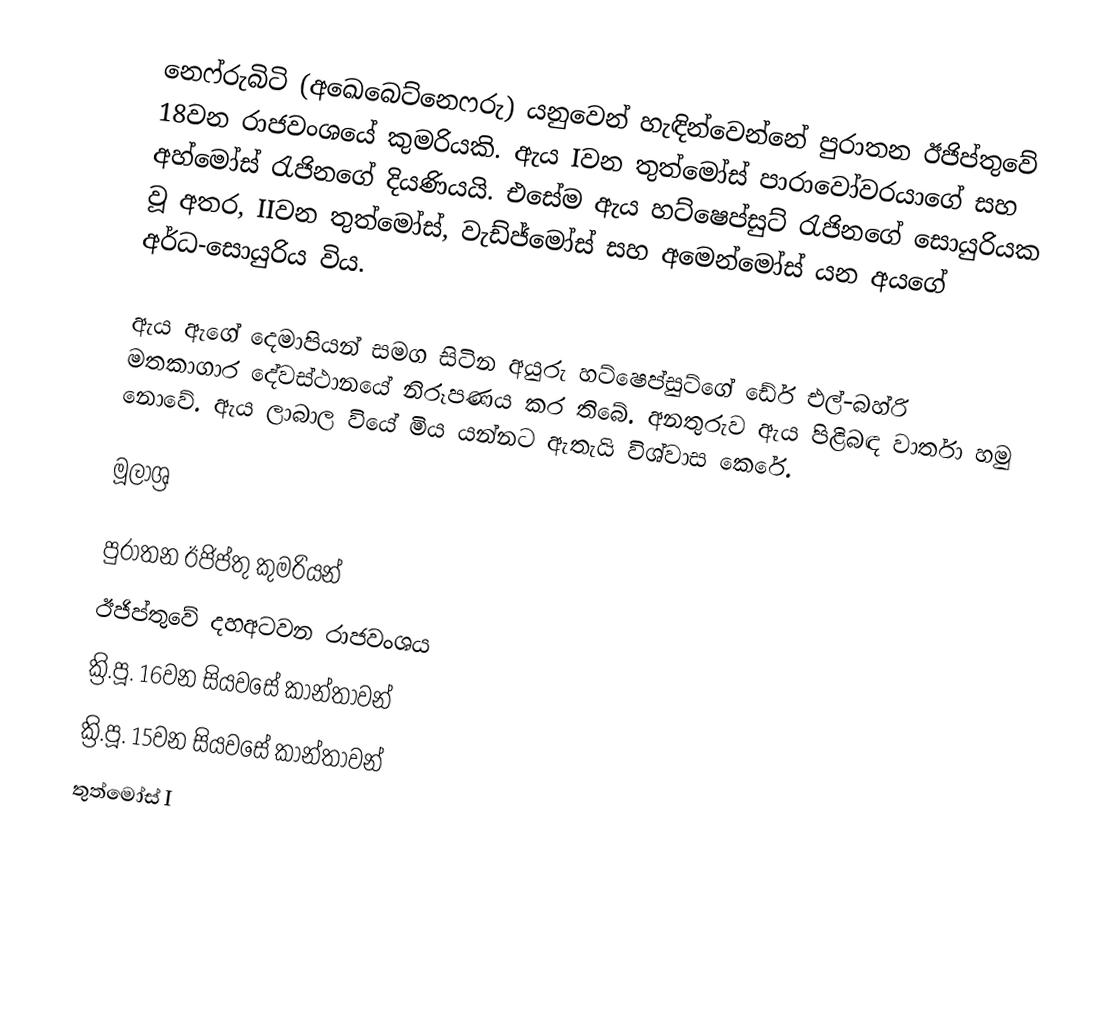
නෙෆ්රුබිටි (අඛෙබෙට්නෙෆරු) යනුවෙන් හැඳින්වෙන්නේ පුරාතන ඊජිප්තුවේ 18වන රාජවංශයේ කුමරියකි. ඇය Iවන තුත්මෝස් පාරාවෝවරයාගේ සහ අහ්මෝස් රැජිනගේ දියණියයි. එසේම ඇය හට්ෂෙප්සුට් රැජිනගේ සොයුරියක වූ අතර, IIවන තුත්මෝස්, වැඩ්ජ්මෝස් සහ අමෙන්මෝස් යන අයගේ අර්ධ-සොයුරිය විය.

ඇය ඇගේ දෙමාපියන් සමග සිටින අයුරු හට්ෂෙප්සුට්ගේ ඩේර් එල්-බහ්රි මතකාගාර දේවස්ථානයේ නිරූපණය කර තිබේ. අනතුරුව ඇය පිළිබඳ වාර්තා හමු නොවේ. ඇය ලාබාල වියේ මිය යන්නට ඇතැයි විශ්වාස කෙරේ.

මූලාශ්‍ර

පුරාතන ඊජිප්තු කුමරියන්
ඊජිප්තුවේ දහඅටවන රාජවංශය
ක්‍රි.පූ. 16වන සියවසේ කාන්තාවන්
ක්‍රි.පූ. 15වන සියවසේ කාන්තාවන්
තුත්මෝස් I